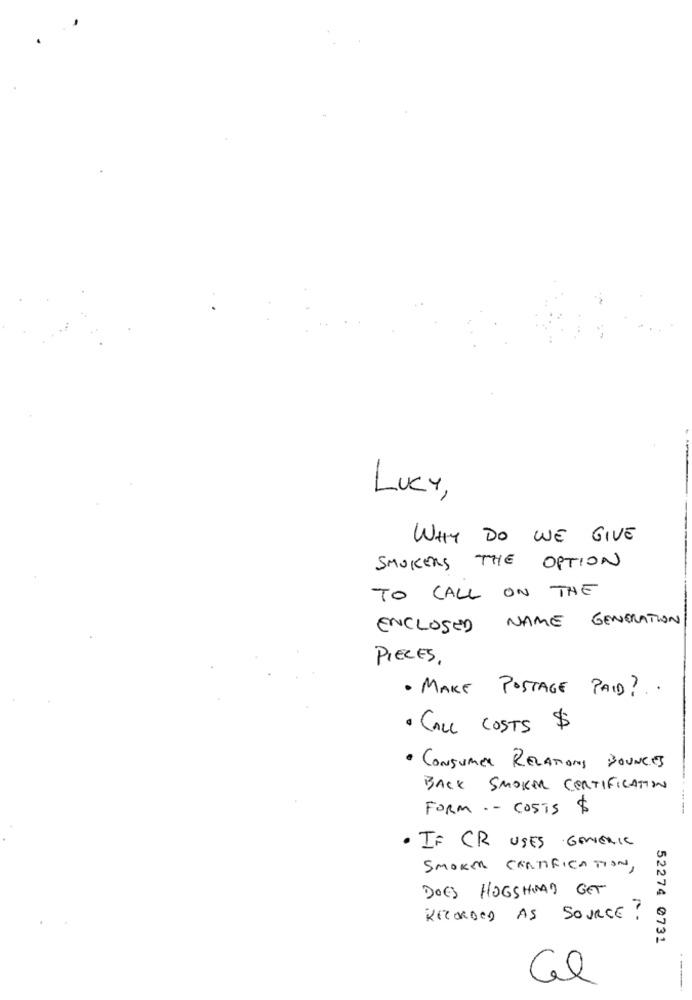
Lucy,
WHY DO WE GIVE
SMOKERS THE OPTION
TO CALL ON THE
ENCLOSED NAME GENERATION
PIECES.
. MAKE POSTAGE PAID ?.
· CALL COSTS $
· CONSUMER RELATIONS BOUNCES
BACK SMOKE CERTIFICATION
FORM .- COSTS $
· IF CR USES GENERIC
SMOKE CERTIFICATION,
DOES HOGSHVAD GET
RECORDED AS SOURCE ?
52274 0731